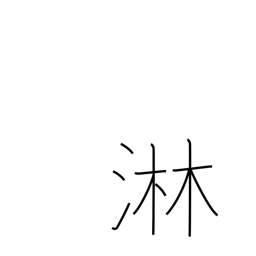
Meaning: lonely